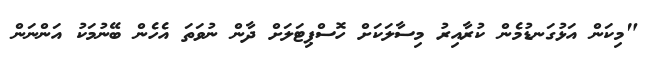
"މިކަން އަޅުގަނޑުމެން ކުރާއިރު މިސާލަކަށް ހޮސްޕިޓަލަށް ދާން ނުވަތަ އެހެން ބޭނުމަކު އަންނަން